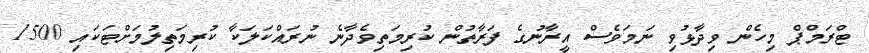
ޓްރަމްޕް މިހެން ވިދާޅުވި ނަމަވެސް އީރާނުގެ ފަރާތުން ކުރިމަތިވެދާނެ ނުރައްކަލަކާ ކުރިމަތިލުމަށްޓަކައި 1500